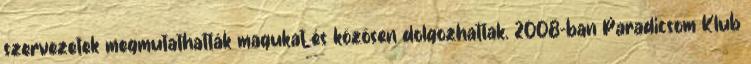
szervezetek megmutathatták magukat és közösen dolgozhattak. 2008-ban Paradicsom Klub